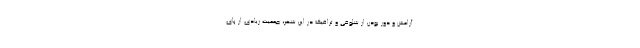
آرامش و دور بودن از شلوغی و ترافیک در این شهر، جمعیت زیادی از پای